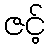
ဇင့်